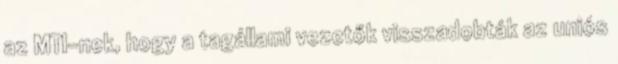
az MTI-nek, hogy a tagállami vezetők visszadobták az uniós